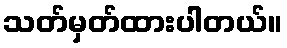
သတ်မှတ်ထားပါတယ်။